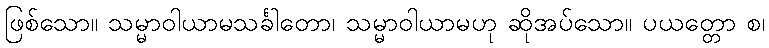
ဖြစ်သော။ သမ္မာဝါယာမသင်္ခါတော၊ သမ္မာဝါယာမဟု ဆိုအပ်သော။ ပယတ္တော စ၊